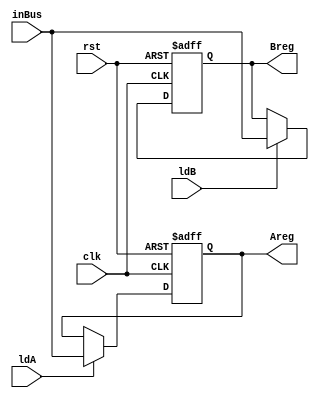
`timescale 1ns/1ns
module INwrapper_DP(input clk,rst,ldA,ldB,input [31:0]inBus,output[31:0] Areg,Breg);
	reg[31:0] Areg_temp,Breg_temp;
	always @(posedge clk,posedge rst) begin
		if(rst) Areg_temp<=32'd0;
		else if(ldA) Areg_temp<=inBus;
	end
	always @(posedge clk,posedge rst) begin
		if(rst) Breg_temp<=32'd0;
		else if(ldB) Breg_temp<=inBus;
	end
	assign Areg=Areg_temp;
	assign Breg=Breg_temp;
endmodule